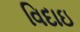
વિદાઇ